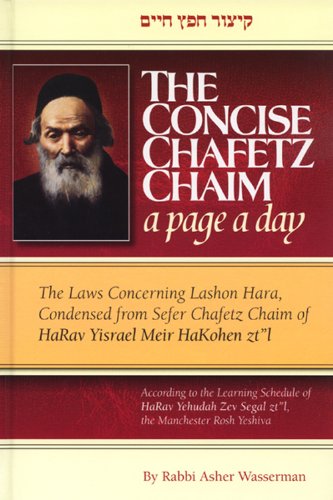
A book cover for The Concise Chafetz Chaim: A Page a Day; Asher Wasserman; Religion & Spirituality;